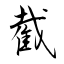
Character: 截